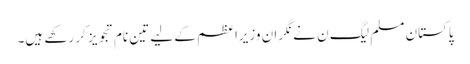
پاکستان مسلم لیگ ن نے نگران وزیراعظم کے لیے تین نام تجویز کر رکھے ہیں۔